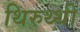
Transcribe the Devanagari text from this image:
थिरुथ्थी